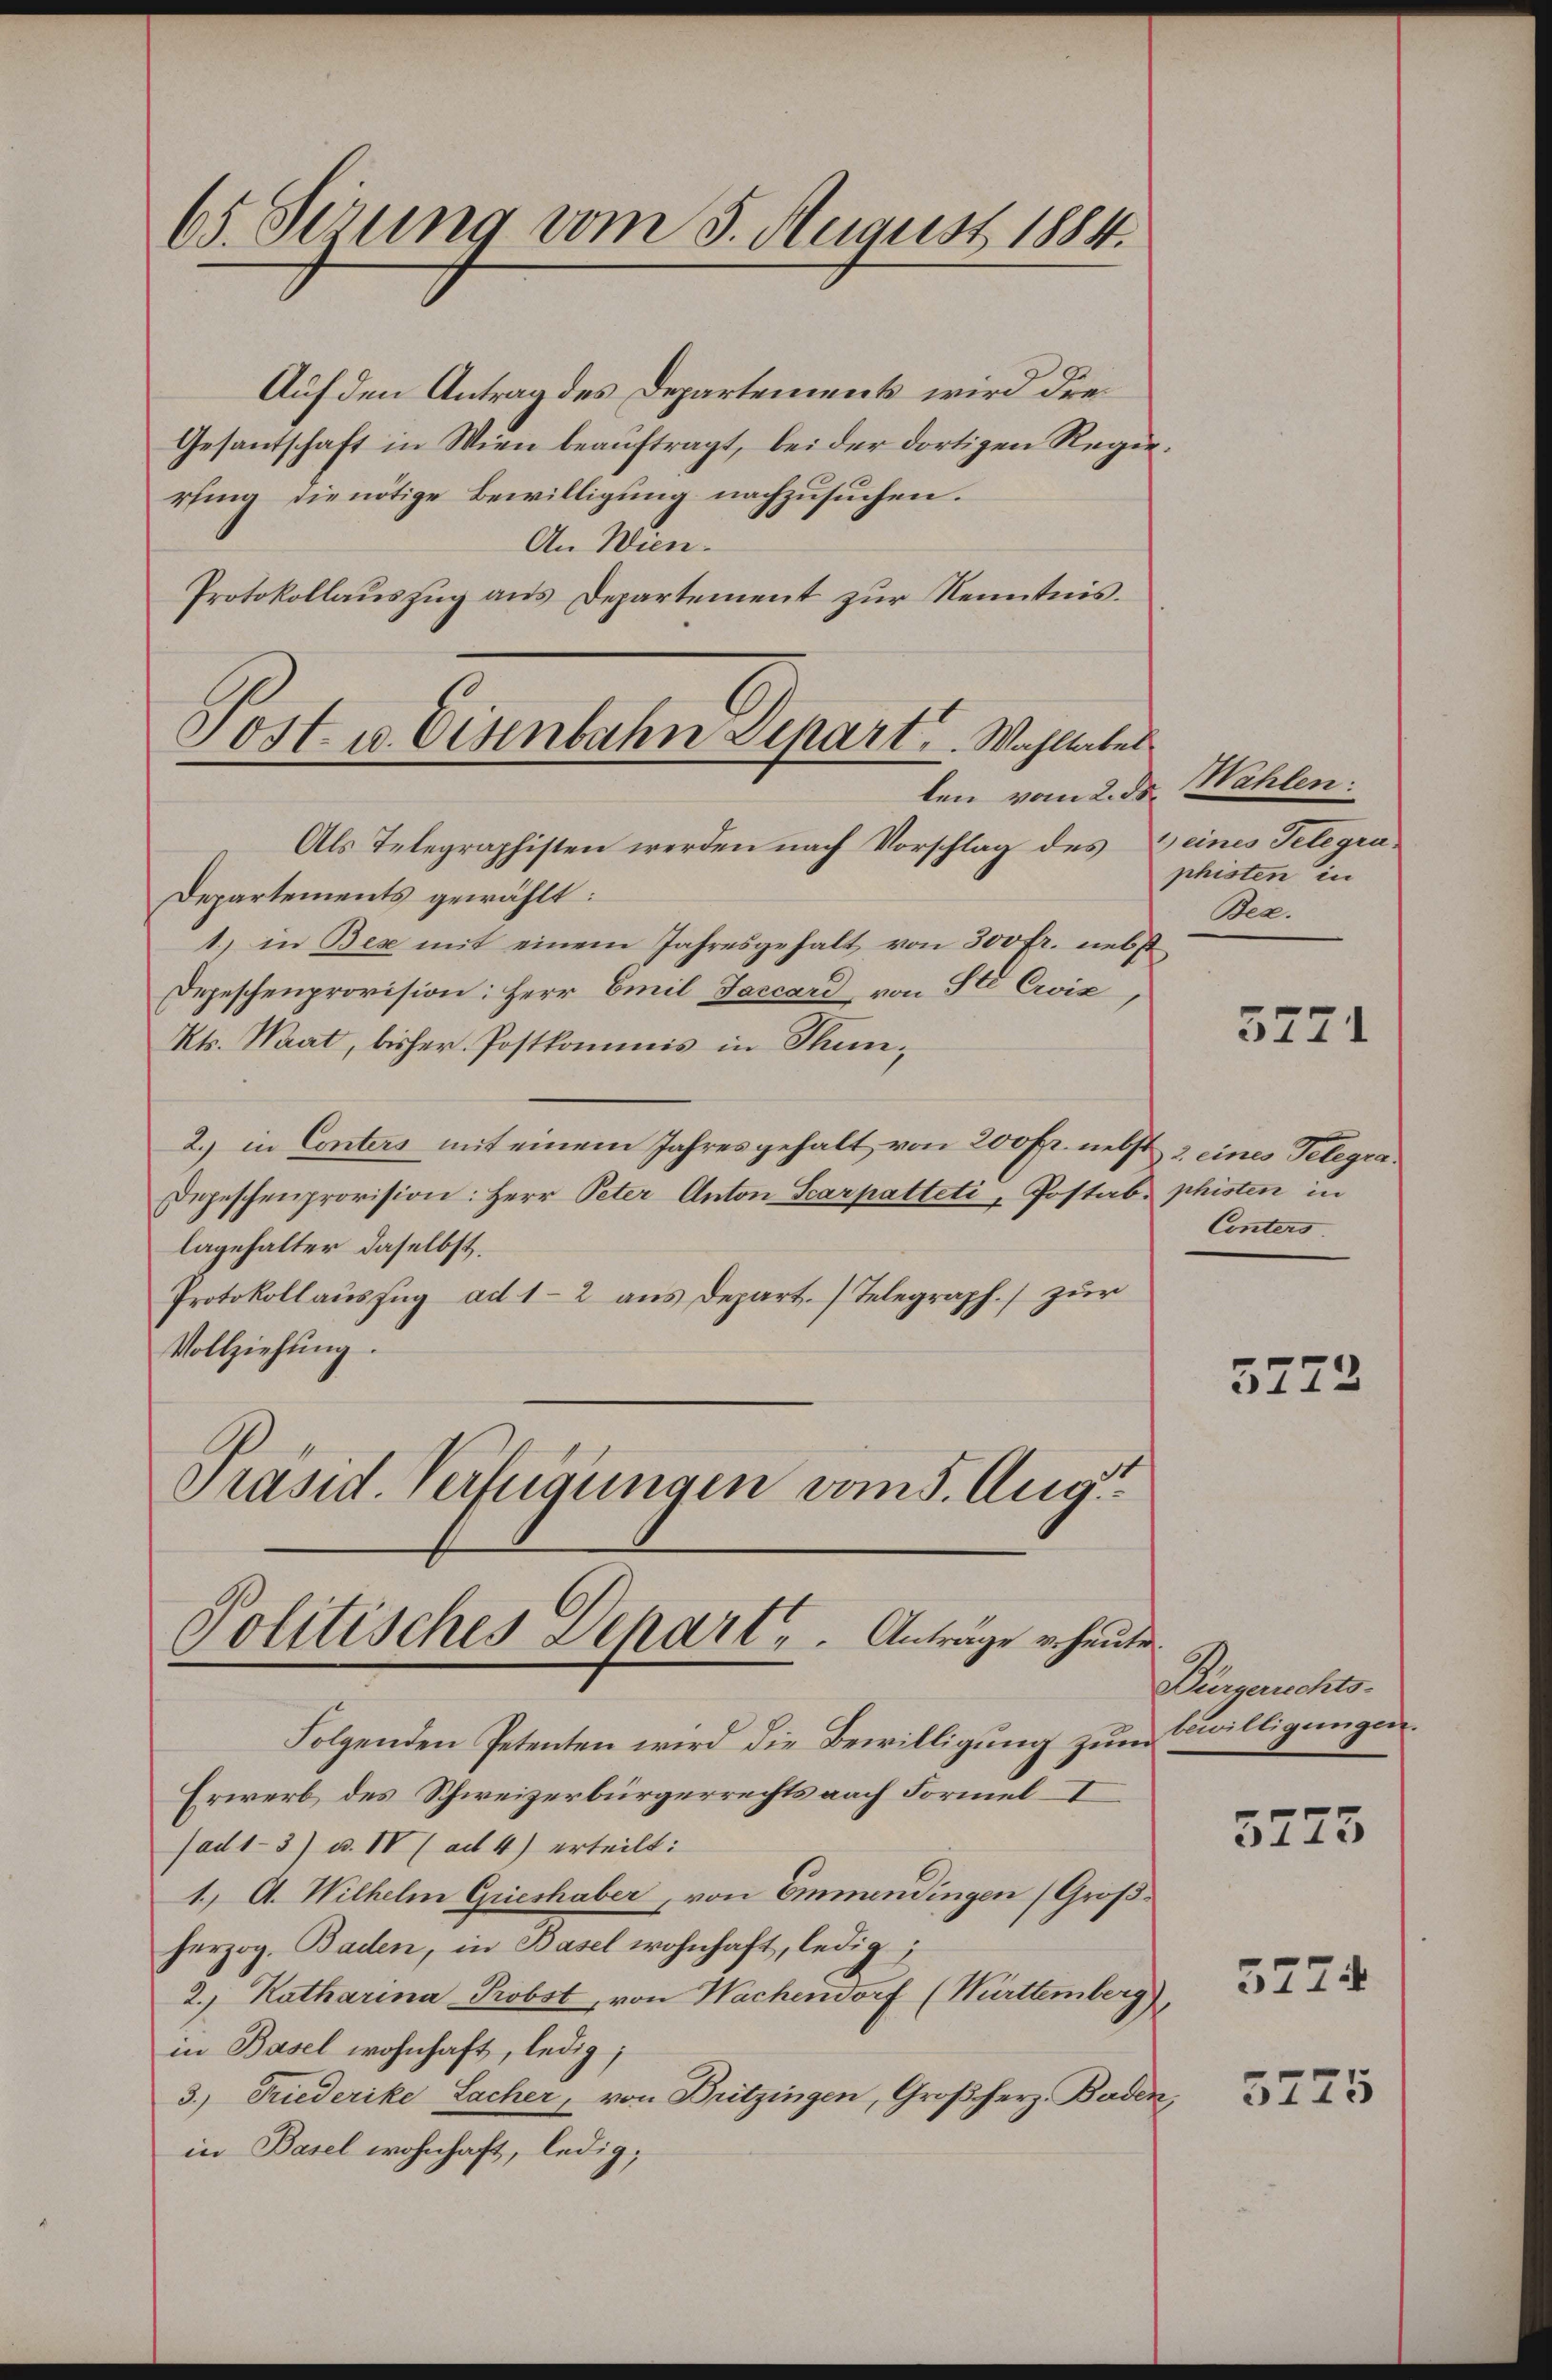
65. Serung vom 5. August 1884.

Auf den Antrag des Departement wird drei
Gesantschaft in Wien beauftragt, bei der dortigen Regen
rling die nötige Bewilligung nachzusuchen.
An Wien.
Protokollauszug aus Departement zur Kenntnis.

Post 10 Eisenbahn Depart. Wahltates
len vom 2. ds.

1.
Politisches Depart,  ..  Anträge erheuten.

Als Telegraphisten werden nach Vorschlag des Seines Telegra¬
Departements gewählt:
1) in Bex mit einem Jahresgehalt von 300 fr. nebst
Depeschenprovision: Herr Emil Jascard, von Ste Cris
Kts. Maat, bisher. Postkommis in Thun¬
2.) in Conters mit einem Jahres gehalt von 200 fr. nebst 2 eines Telegra¬
Depeschenprovision: Herr Peter Anton Scarpatteti, Postab. phisten in
lagehalter daselbst.
Protokollauszug ad 12 aus Depart. (Telegraph.) zur
Vollziehung.
Präsid. Verfügungen vom 5. Aug.

Wählen:
phisten in
Bez.

Folgenden Petenten wird die Bewilligung zum Bewilligungen.
Erwerb des Schweizerbürgerrechts nach Formel I
fad1-3) u. IV (ad 4) erteilt:
1. A. Wilhelm Grieshaber, von Emmendingen (Großherzog. Baden, in Basel wohnhaft, ledig
2. Katharina Probst, von Wachendorf (Württemberg)
in Basel wohnhaft, ledig;
3.) Friederike Lacher, von Britzingen, Großherz. Baden,
in Basel wohnhaft, ledig;

3771

Cinters

3272

Bürgerichts.
5773

3774

5775